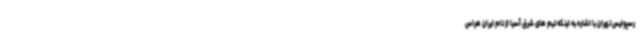
رسپولیس تهران با اشاره به اینکه تیم های شرق آسیا از نام ایران هراس